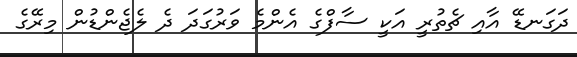
ދަގަނޑޭ އާއި ޗެތުރީ އަކީ ސާފްގެ އެންމެ ވަރުގަދަ ދެ ލެޖެންޑުން މިރޭގެ